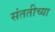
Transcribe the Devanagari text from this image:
संततीच्या